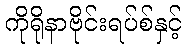
ကိုရိုနာဗိုင်းရပ်စ်နှင့်